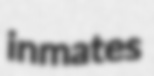
inmates